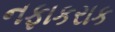
નફાકરાક